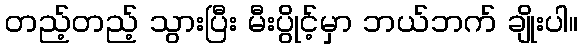
တည့်တည့် သွားပြီး မီးပွိုင့်မှာ ဘယ်ဘက် ချိုးပါ။